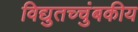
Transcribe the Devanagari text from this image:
विद्युतच्चुंबकीय